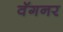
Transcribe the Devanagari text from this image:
वॅगनर